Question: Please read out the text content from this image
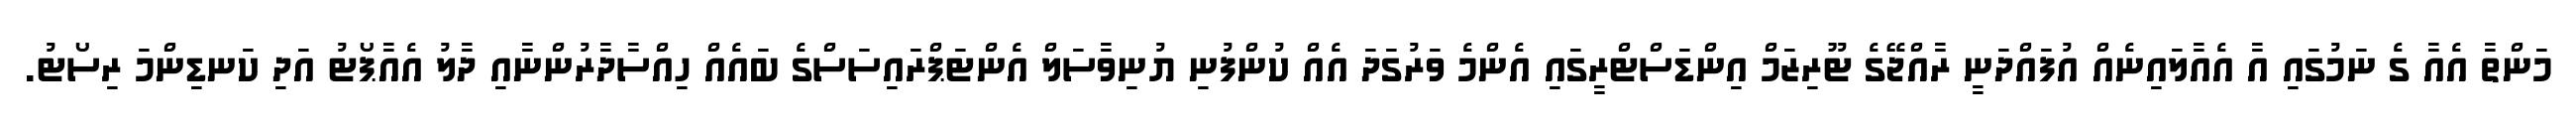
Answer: މަންތާ އެއާ ގެ ނަމުގައި އާ އެއާލައިނެއް އުފައްދަނީ ރާއްޖޭގެ ޓޫރިޒަމް އިންޑަސްޓްރީގައި އެންމެ ވަރުގަދަ އެއް ކުންފުނި ޔުނިވާސަލް އެންޓަޕްރައިސަސްގެ ބައެއް ހިއްސާދާރުންނާއި ދާލު އެއާޕޯޓު އަދި ކަނޑިންމަ ރިސޯޓު.